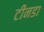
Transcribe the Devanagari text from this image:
टीनडा